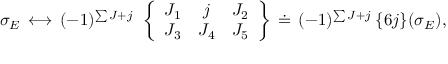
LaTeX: \sigma _ { E } \, \longleftrightarrow \, ( - 1 ) ^ { \sum J + j } \: \: \left\{ \begin{array} { c c c } { { J _ { 1 } } } & { { j } } & { { J _ { 2 } } } \\ { { J _ { 3 } } } & { { J _ { 4 } } } & { { J _ { 5 } } } \end{array} \right\} \, \doteq \, ( - 1 ) ^ { \sum J + j } \: \{ 6 j \} ( \sigma _ { E } ) ,